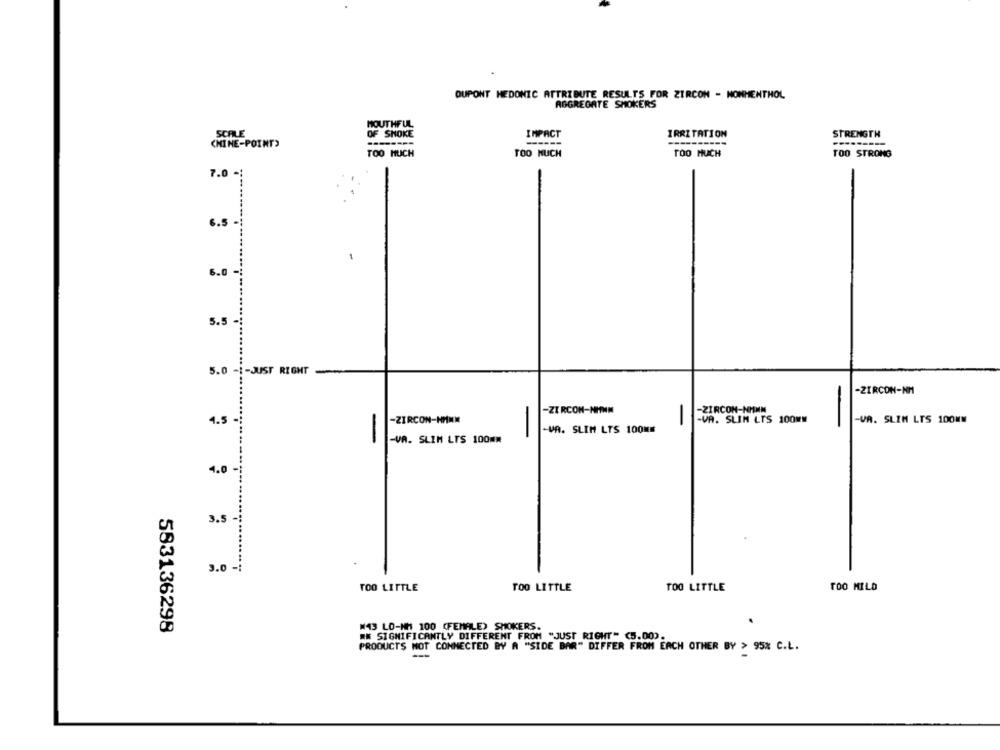
DUPONT HEDONIC ATTRIBUTE RESULTS FOR ZIRCON - MONMENTHOL
AGGREGATE SMOKERS
MOUTHFUL
SCALE
OF SHOKE
IMPACT
IRRITATION
STRENGTH
------
CHINE-POINT)
TOO MUCH
TOO MUCH
TOO MUCH
TOO STRONG
7.0 .
6.5
6.0
5.5
5.0 -1-JUST RIGHT
-ZIRCON-NM
-ZIRCON-NITHN
-ZIRCON-NMNM
4.5-
-ZIRCON-NMNM
-VA. SLIM LTS 100MM
-VA. SLIM LTS 100MW
-VA. SLIM LTS 100MM
-
-VA. SLIM LTS 100mw
4.0 -
3.5-
3.0
-:
TOO LITTLE
TOO LITTLE
TOO LITTLE
TOO MILD
583136298
M43 LO-MH 100 (FEMALE) SMOKERS.
RN SIGNIFICANTLY DIFFERENT FROM "JUST RIGHT" (5.00).
PRODUCTS NOT CONNECTED BY A "SIDE BAR" DIFFER FROM EACH OTHER BY > 95% C.L.